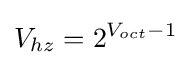
V_{hz}=2^{V_{oct}-1}